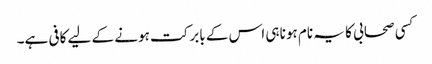
کسی صحابی کا یہ نام ہونا ہی اس کے بابرکت ہونے کے لیے کافی ہے۔